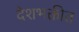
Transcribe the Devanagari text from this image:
देशभक्तीत